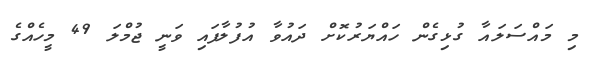
މި މައްސަލައާ ގުޅިގެން ހައްޔަރުކޮށް ދައުވާ އުފުލާފައި ވަނީ ޖުމްލަ 49 މީހެއްގެ